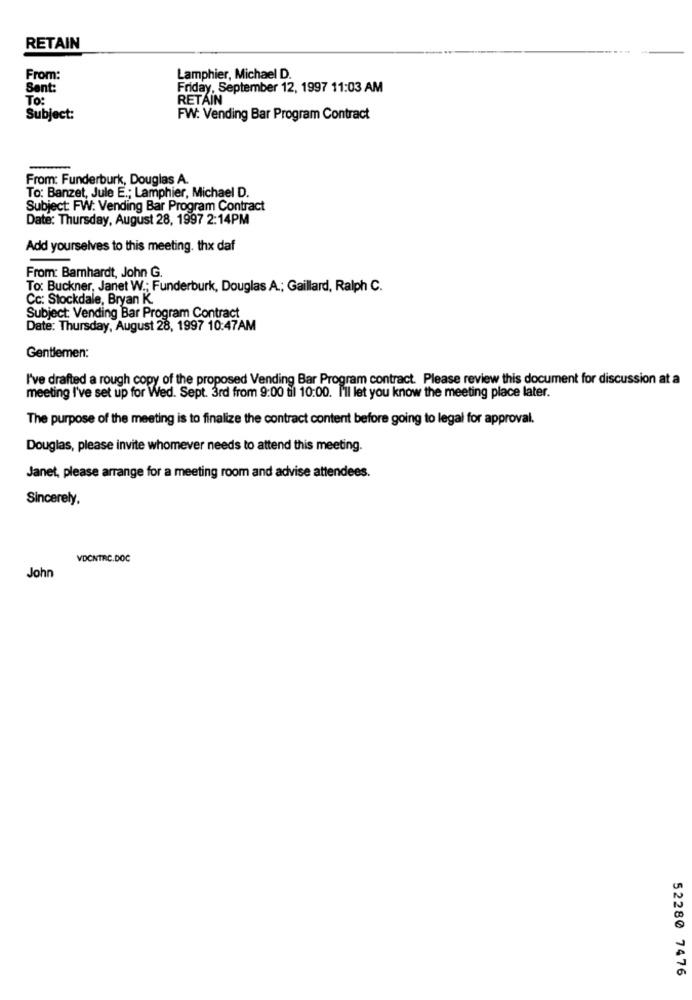
RETAIN
From:
Lamphier, Michael D.
Sent:
Friday, September 12, 1997 11:03 AM
To:
RETAIN
Subject:
FW: Vending Bar Program Contract
From: Funderburk, Douglas A.
To: Banzet, Jule E .; Lamphier, Michael D.
Subject: FW: Vending Bar Program Contract
Date: Thursday, August 28, 1997 2:14PM
Add yourselves to this meeting. thx daf
From: Bamhardt, John G.
To: Buckner, Janet W .; Funderburk, Douglas A .; Gaillard, Ralph C.
Cc: Stockdale, Bryan K.
Subject: Vending Bar Program Contract
Date: Thursday, August 28, 1997 10:47AM
Gentlemen:
I've drafted a rough copy of the proposed Vending Bar Program contract. Please review this document for discussion at a
meeting I've set up for Wed. Sept. 3rd from 9:00 til 10:00. I'll let you know the meeting place later.
The purpose of the meeting is to finalize the contract content before going to legal for approval.
Douglas, please invite whomever needs to attend this meeting.
Janet, please arrange for a meeting room and advise attendees.
Sincerely,
VDCNTRC.DOC
John
52280 7476